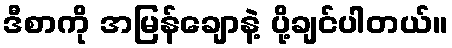
ဒီစာကို အမြန်ချောနဲ့ ပို့ချင်ပါတယ်။